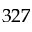
3 2 7